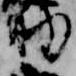
助